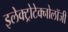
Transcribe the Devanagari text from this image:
इलेक्ट्रोटेक्नोलॉजी